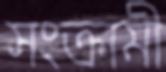
সংক্রামী